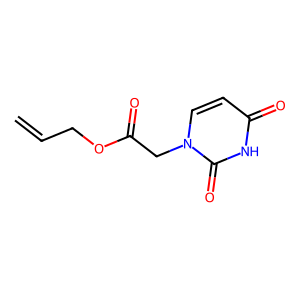
SMILES: C=CCOC(=O)Cn1ccc(=O)[nH]c1=O
Inhibits HIV replication: No